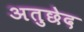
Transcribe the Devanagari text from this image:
अतुछेद